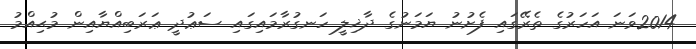
2014ވަނަ އަހަރުގެ ތެރޭގައި ފެށުނު ޔަމަނުގެ ދާޚިލީ ހަނގުރާމައިގައި ސަޢުދީ ޢަރަބިއްޔާއިން މުޙިއްމު